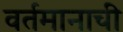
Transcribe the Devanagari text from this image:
वर्तमानाची